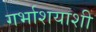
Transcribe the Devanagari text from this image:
गर्भाशयाशी